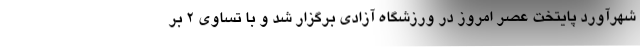
شهرآورد پایتخت عصر امروز در ورزشگاه آزادی برگزار شد و با تساوی ۲ بر